Civil Veterinary Dept. Bombay admin report 1932-41 - 1932-1941
Year: 1932
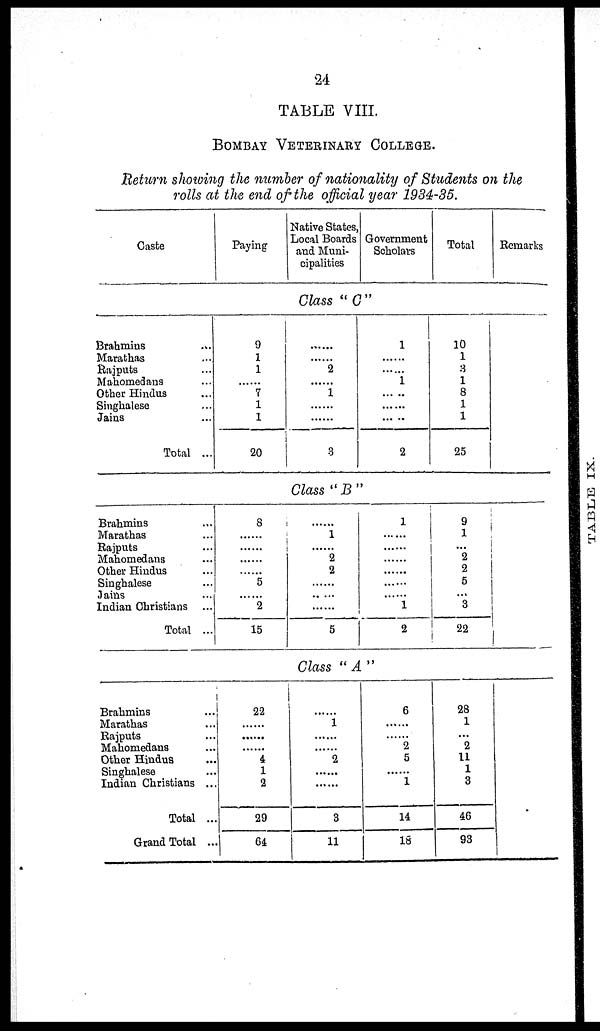
24
TABLE VIII.
BOMBAY VETERINARY COLLEGE.
Return showing the number of nationality of Students on the
rolls at the end of the official year 1934-35.
Caste
Brahmins ...
Marathas ...
Rajputs ...
Mahomedans ...
Other Hindus ...
Singhalese ...
Jains ...
Total ...
Brahmins ...
Marathas ...
Rajputs ...
Mahomedans ...
Other Hindus ...
Singhalese ...
Jains ...
Indian Christians ...
Total ...
Brahmins ...
Marathas ...
Rajputs ...
Mahomedans ...
Other Hindus ...
Singhalese ...
Indian Christians ...
Total ...
Grand Total ...
Paying
9
1
1
......
7
1
1
20
8
......
......
......
......
5
...... 2
15
22
......
......
......
4
1
2
29
64
Native States
Local Boards
and Muni-
cipalities
Government
Scholars
Class "C"
......
......
2
......
i
......
......
3
1
......
......
1
......
......
.
2
Class "B"
......
1
......
2
2
......
......
......
5
1
......
......
......
......
......
...... 1
2
Class "A"
......
1
......
......
2
......
......
3
11
6
......
......
2
5
......
1
14
18
Total
10
1
3
1
8
1
1
25
9
1
...
2
2
5
...
3
22
28
1
...
2
11
1
3
46
93
Remarks